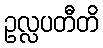
ဥလ္လပတီတိ